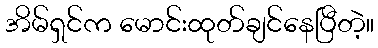
အိမ်ရှင်က မောင်းထုတ်ချင်နေပြီတဲ့။